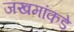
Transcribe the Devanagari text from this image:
जखमांकडे